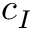
c _ { I }